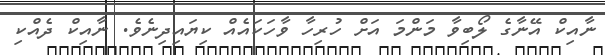
ނާއިކް އޭނާގެ ލޯބިވާ މަންމަ އަށް ހުރިހާ ވާހަކައެއް ކިޔައިދިނެވެ. ނާއިކް ދެއްކި